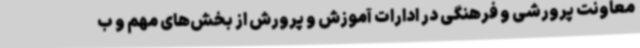
معاونت پرورشی و فرهنگی در ادارات آموزش و پرورش از بخش‌های مهم و ب